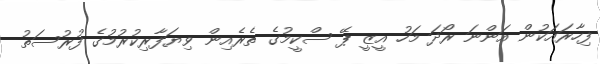
ފިހާރައަކުން އަންނަ ރޯދަ މަހު އީޒީ ޕޭ ސްކީމުގެ ތެރެއިން ވިޔަފާރިކުރުމުގެ ފުރުސަތު